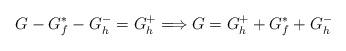
LaTeX: \begin{align*}G - G_f^* - G_h^- = G_h^+ \Longrightarrow G = G_h^+ + G_f^* + G_h^-\end{align*}